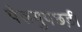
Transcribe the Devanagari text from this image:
पेरूगुपछड़ी